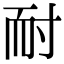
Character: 耐